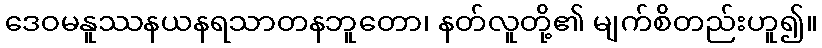
ဒေဝမနူဿနယနရသာတနဘူတော၊ နတ်လူတို့၏ မျက်စိတည်းဟူ၍။